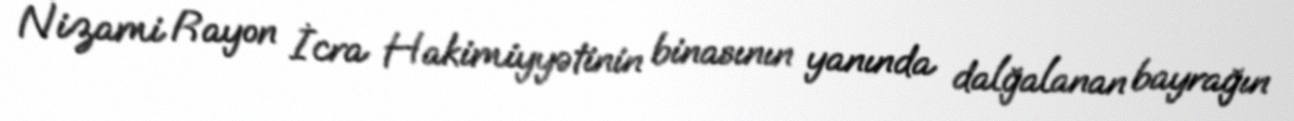
Nizami Rayon İcra Hakimiyyətinin binasının yanında dalğalanan bayrağın